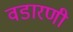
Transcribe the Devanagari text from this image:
वडारणी